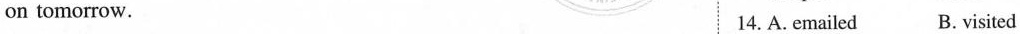
on tomorrow. 14.A.emailed B. visited